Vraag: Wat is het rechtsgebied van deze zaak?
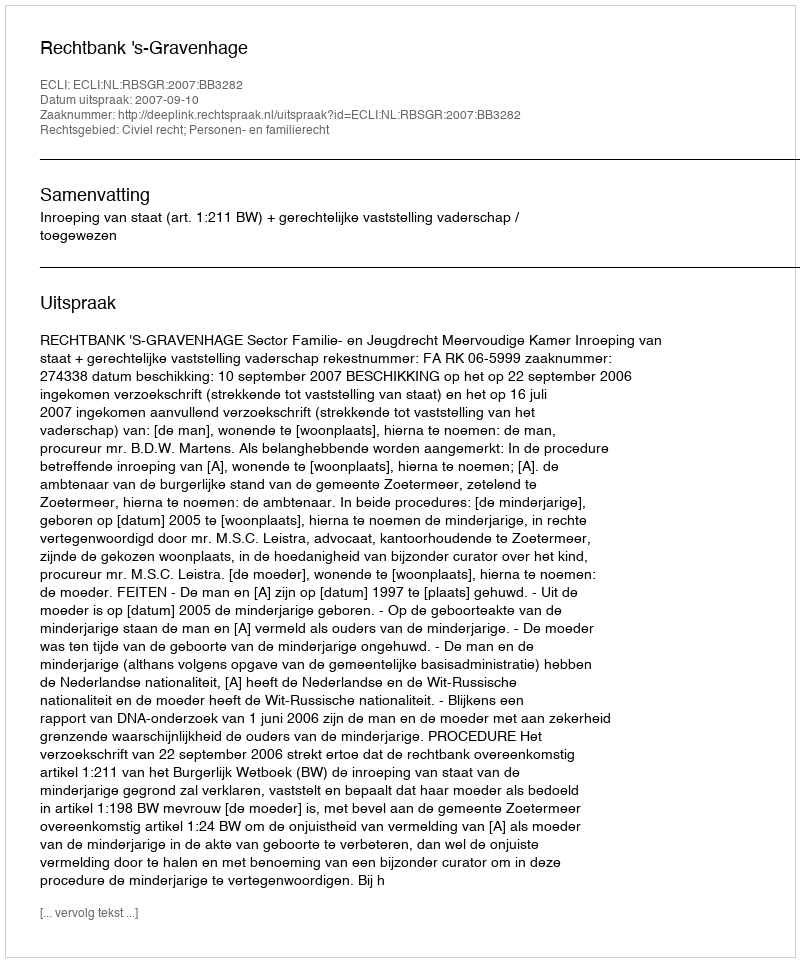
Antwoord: Civiel recht; Personen- en familierecht